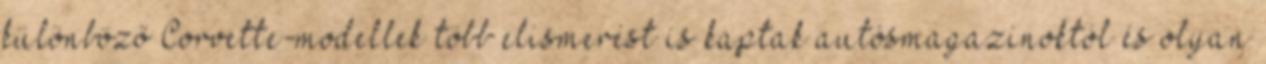
különböző Corvette-modellek több elismerést is kaptak autósmagazinoktól és olyan